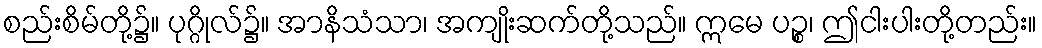
စည်းစိမ်တို့၌။ ပုဂ္ဂိုလ်၌။ အာနိသံသာ၊ အကျိုးဆက်တို့သည်။ ဣမေ ပဉ္စ၊ ဤငါးပါးတို့တည်း။